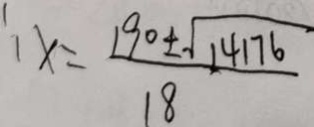
x = \frac { 1 9 0 \pm \sqrt { 1 4 1 7 6 } } { 1 8 }